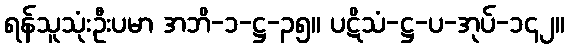
ရန်သူသုံးဦးပမာ အဘိ-၁-ဋ္ဌ-၃၅။ ပဋိသံ-ဋ္ဌ-ပ-အုပ်-၁၄၂။